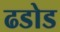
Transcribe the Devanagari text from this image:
ढडोड